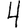
Digit: 4